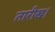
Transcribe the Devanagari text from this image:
तारीख।